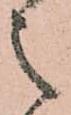
之